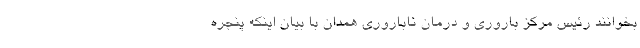
بخوانند رئیس مرکز باروری و درمان ناباروری همدان با بیان اینکه پنجره